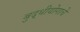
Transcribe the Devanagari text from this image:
बुद्धीयोगाचे